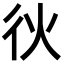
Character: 𫹐